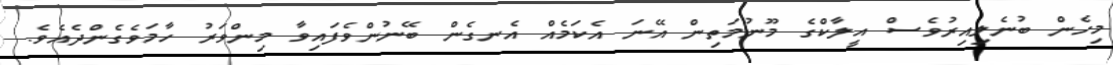
މިހެން ބުނެލިއިރުވެސް އީލާކްގެ މޫނުމަތިން އޭނަ އެކަމެއް އެނގެން ބޭނުންވެފައިވާ މިންވަރު ހާމަވެގެންދެއެވެ.